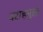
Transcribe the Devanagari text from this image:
वराहमुख